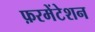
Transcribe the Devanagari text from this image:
फ़रमेंटेशन